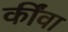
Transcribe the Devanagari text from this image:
कींवा